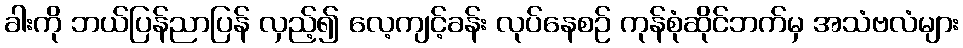
ခါးကို ဘယ်ပြန်ညာပြန် လှည့်၍ လေ့ကျင့်ခန်း လုပ်နေစဉ် ကုန်စုံဆိုင်ဘက်မှ အသံဗလံများ